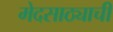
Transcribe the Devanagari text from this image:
मेदसाठ्याची